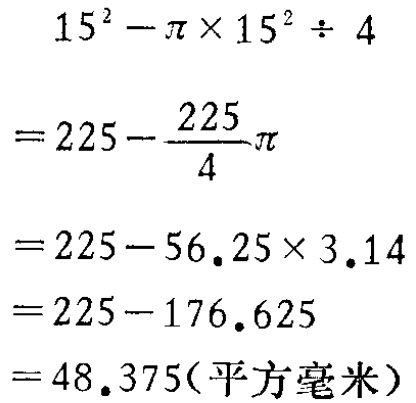
\[

\begin{align*}

&15^{2}-\pi\times15^{2}\div4\\

=&225 - \frac{225}{4}\pi\\

=&225 - 56.25\times3.14\\

=&225 - 176.625\\

=&48.375(\text{平方毫米})

\end{align*}

\]